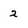
Character: 2